Bréfritari: Soffía Daníelsdóttir
Viðtakandi: Jakobína Magnúsdóttir og Daníel Halldórsson
Dagsetning: A-1904-08-22
Skrifað á: Skeggjastöðum  N-Múl.
Soffía var dóttir Jakobínu og Daníels

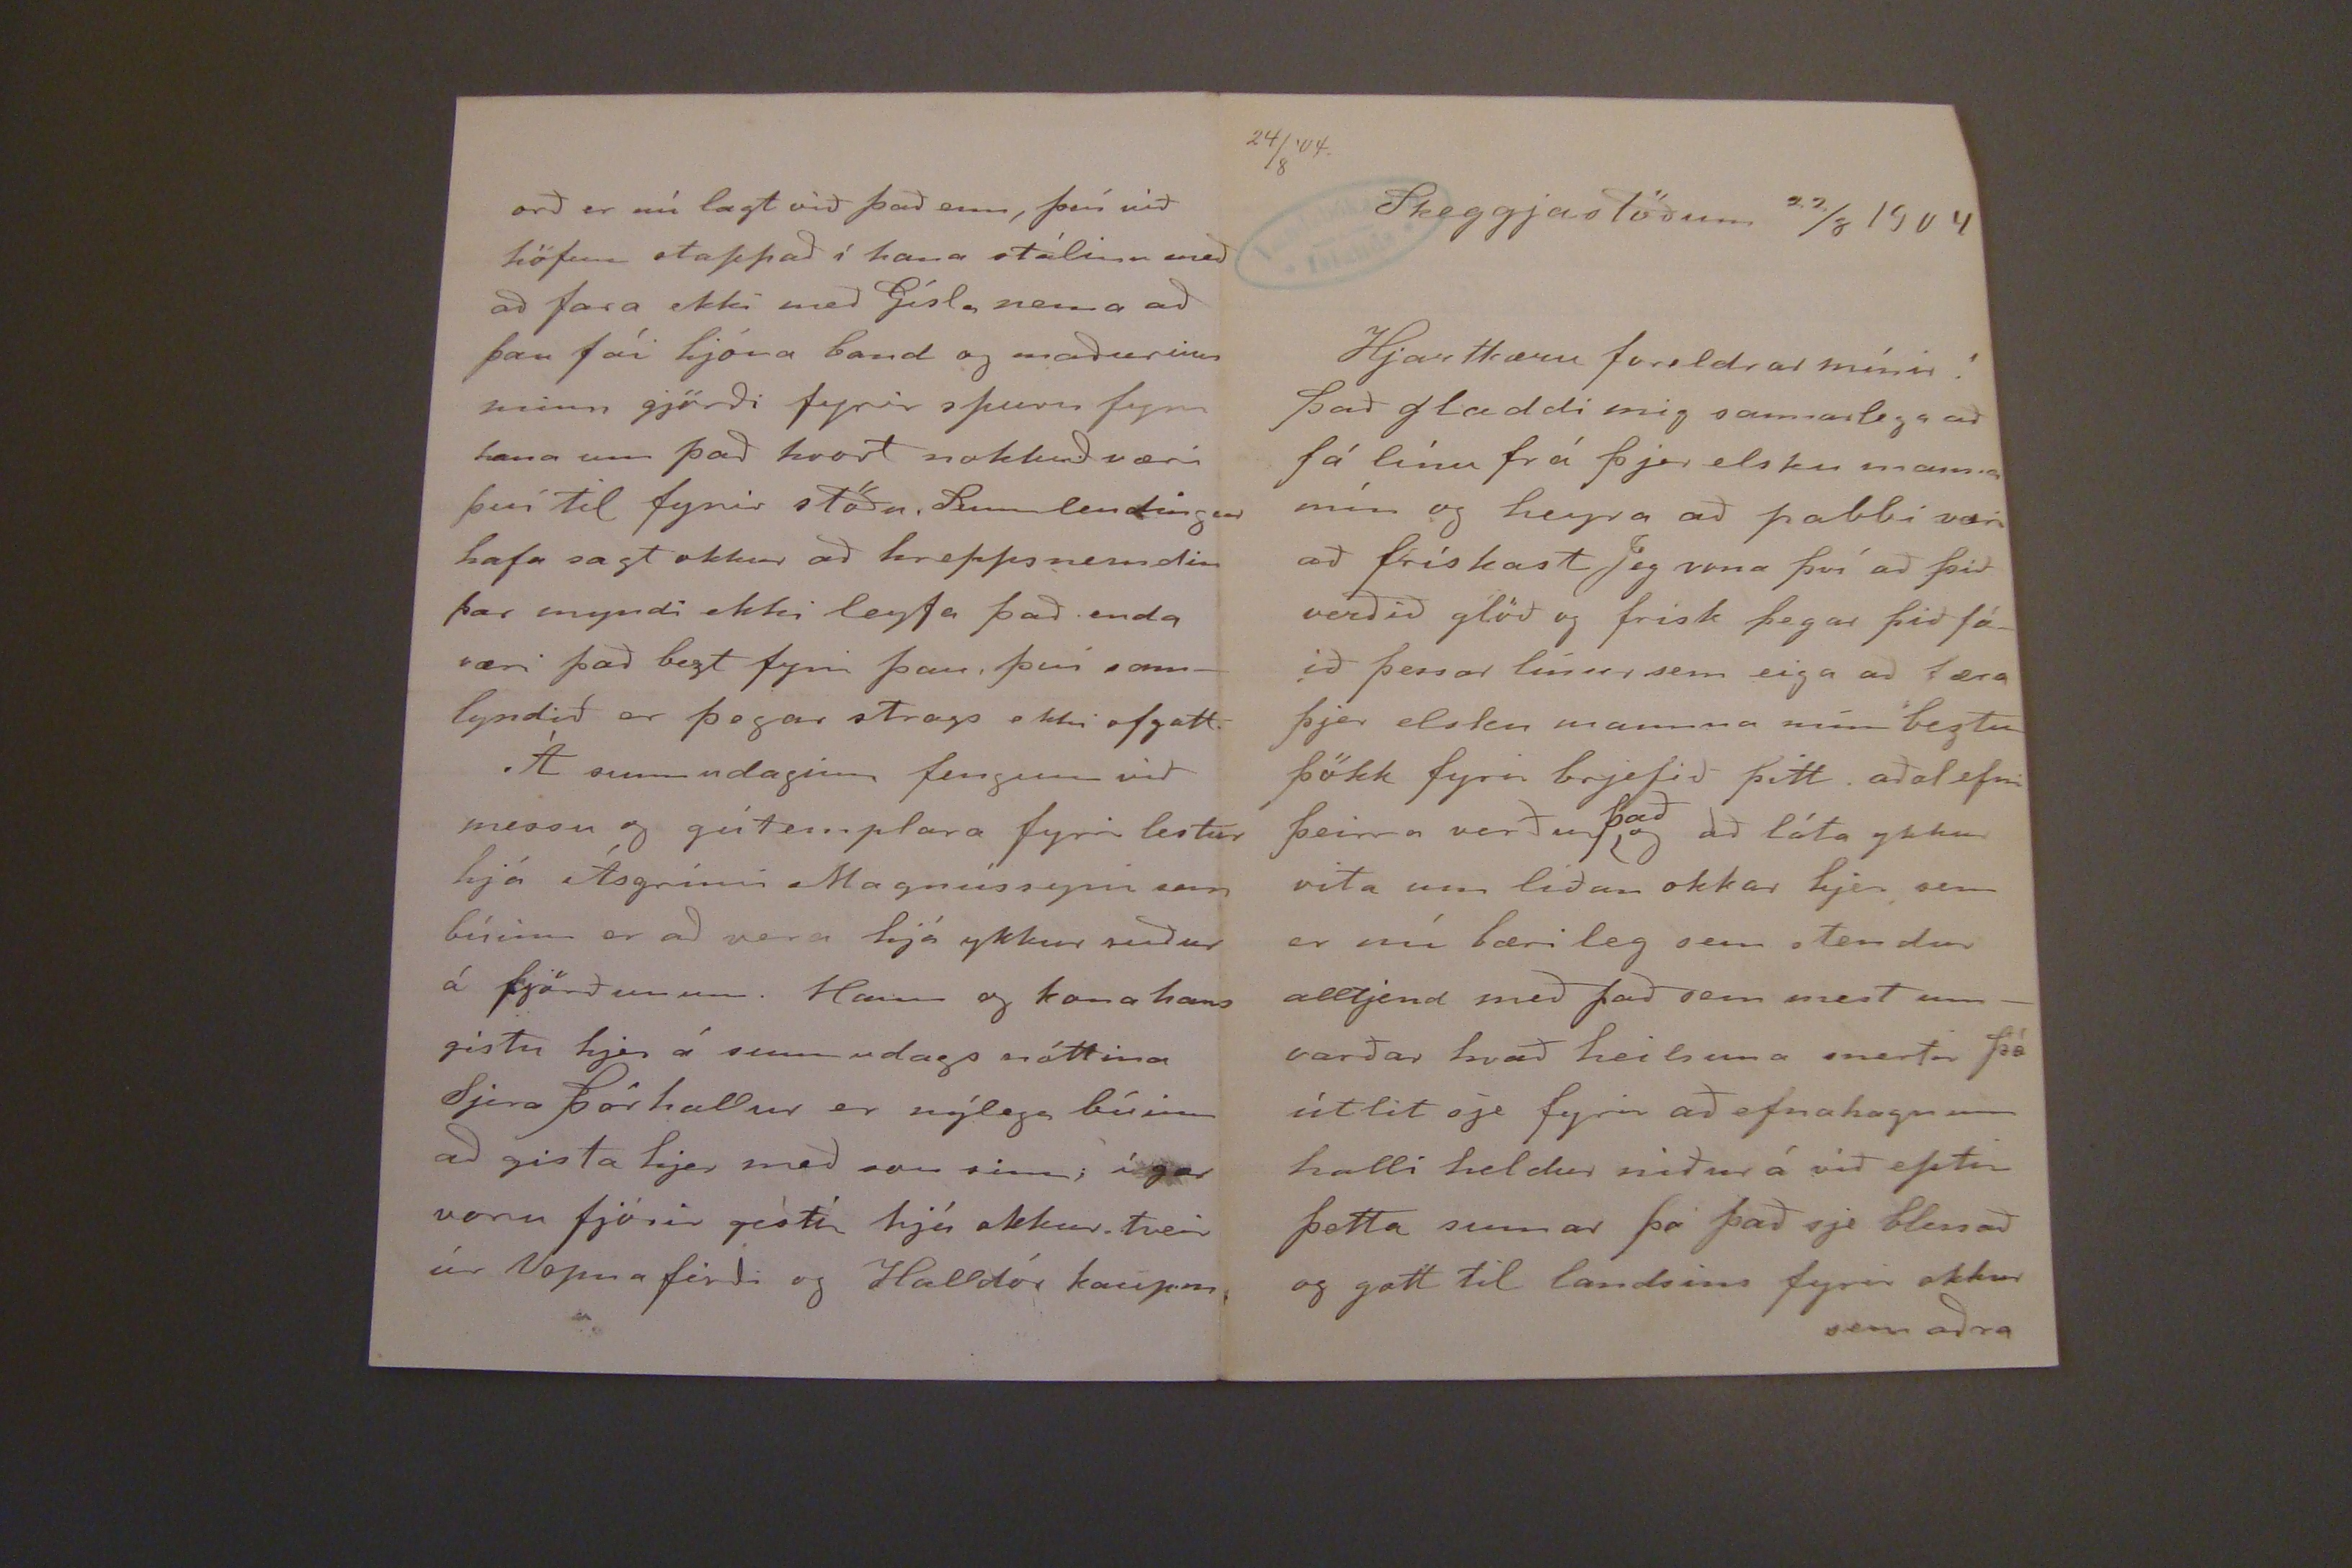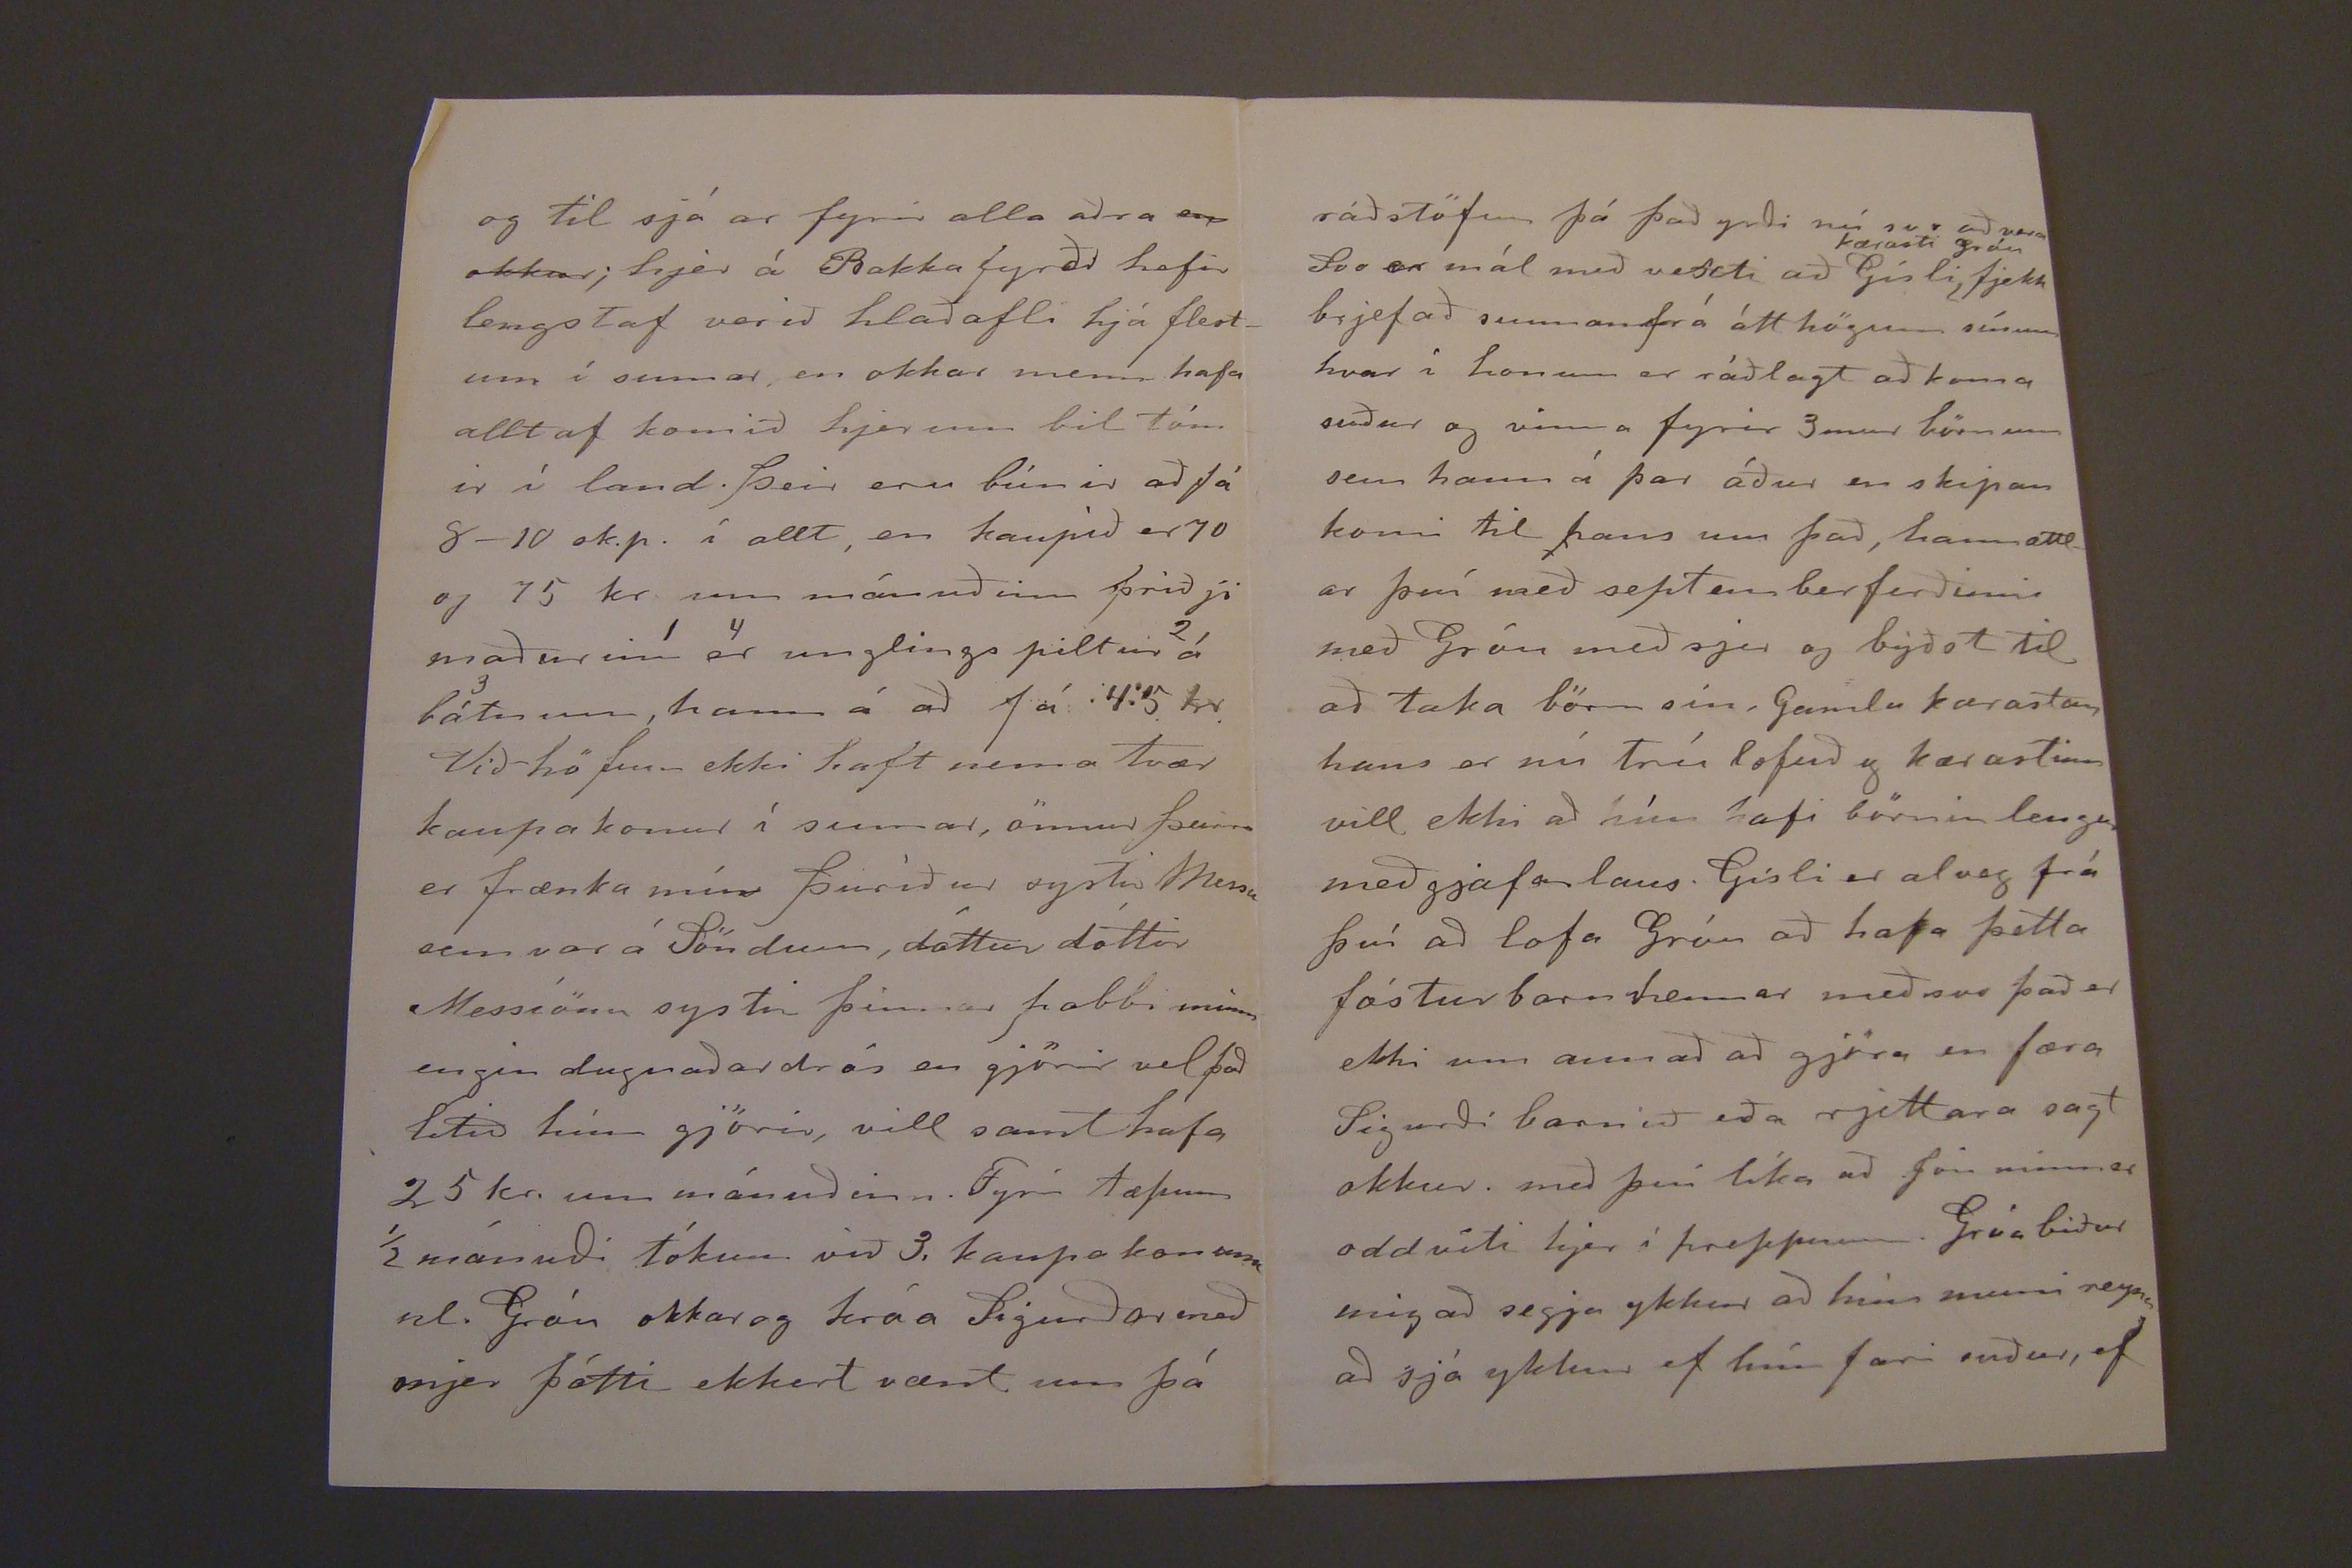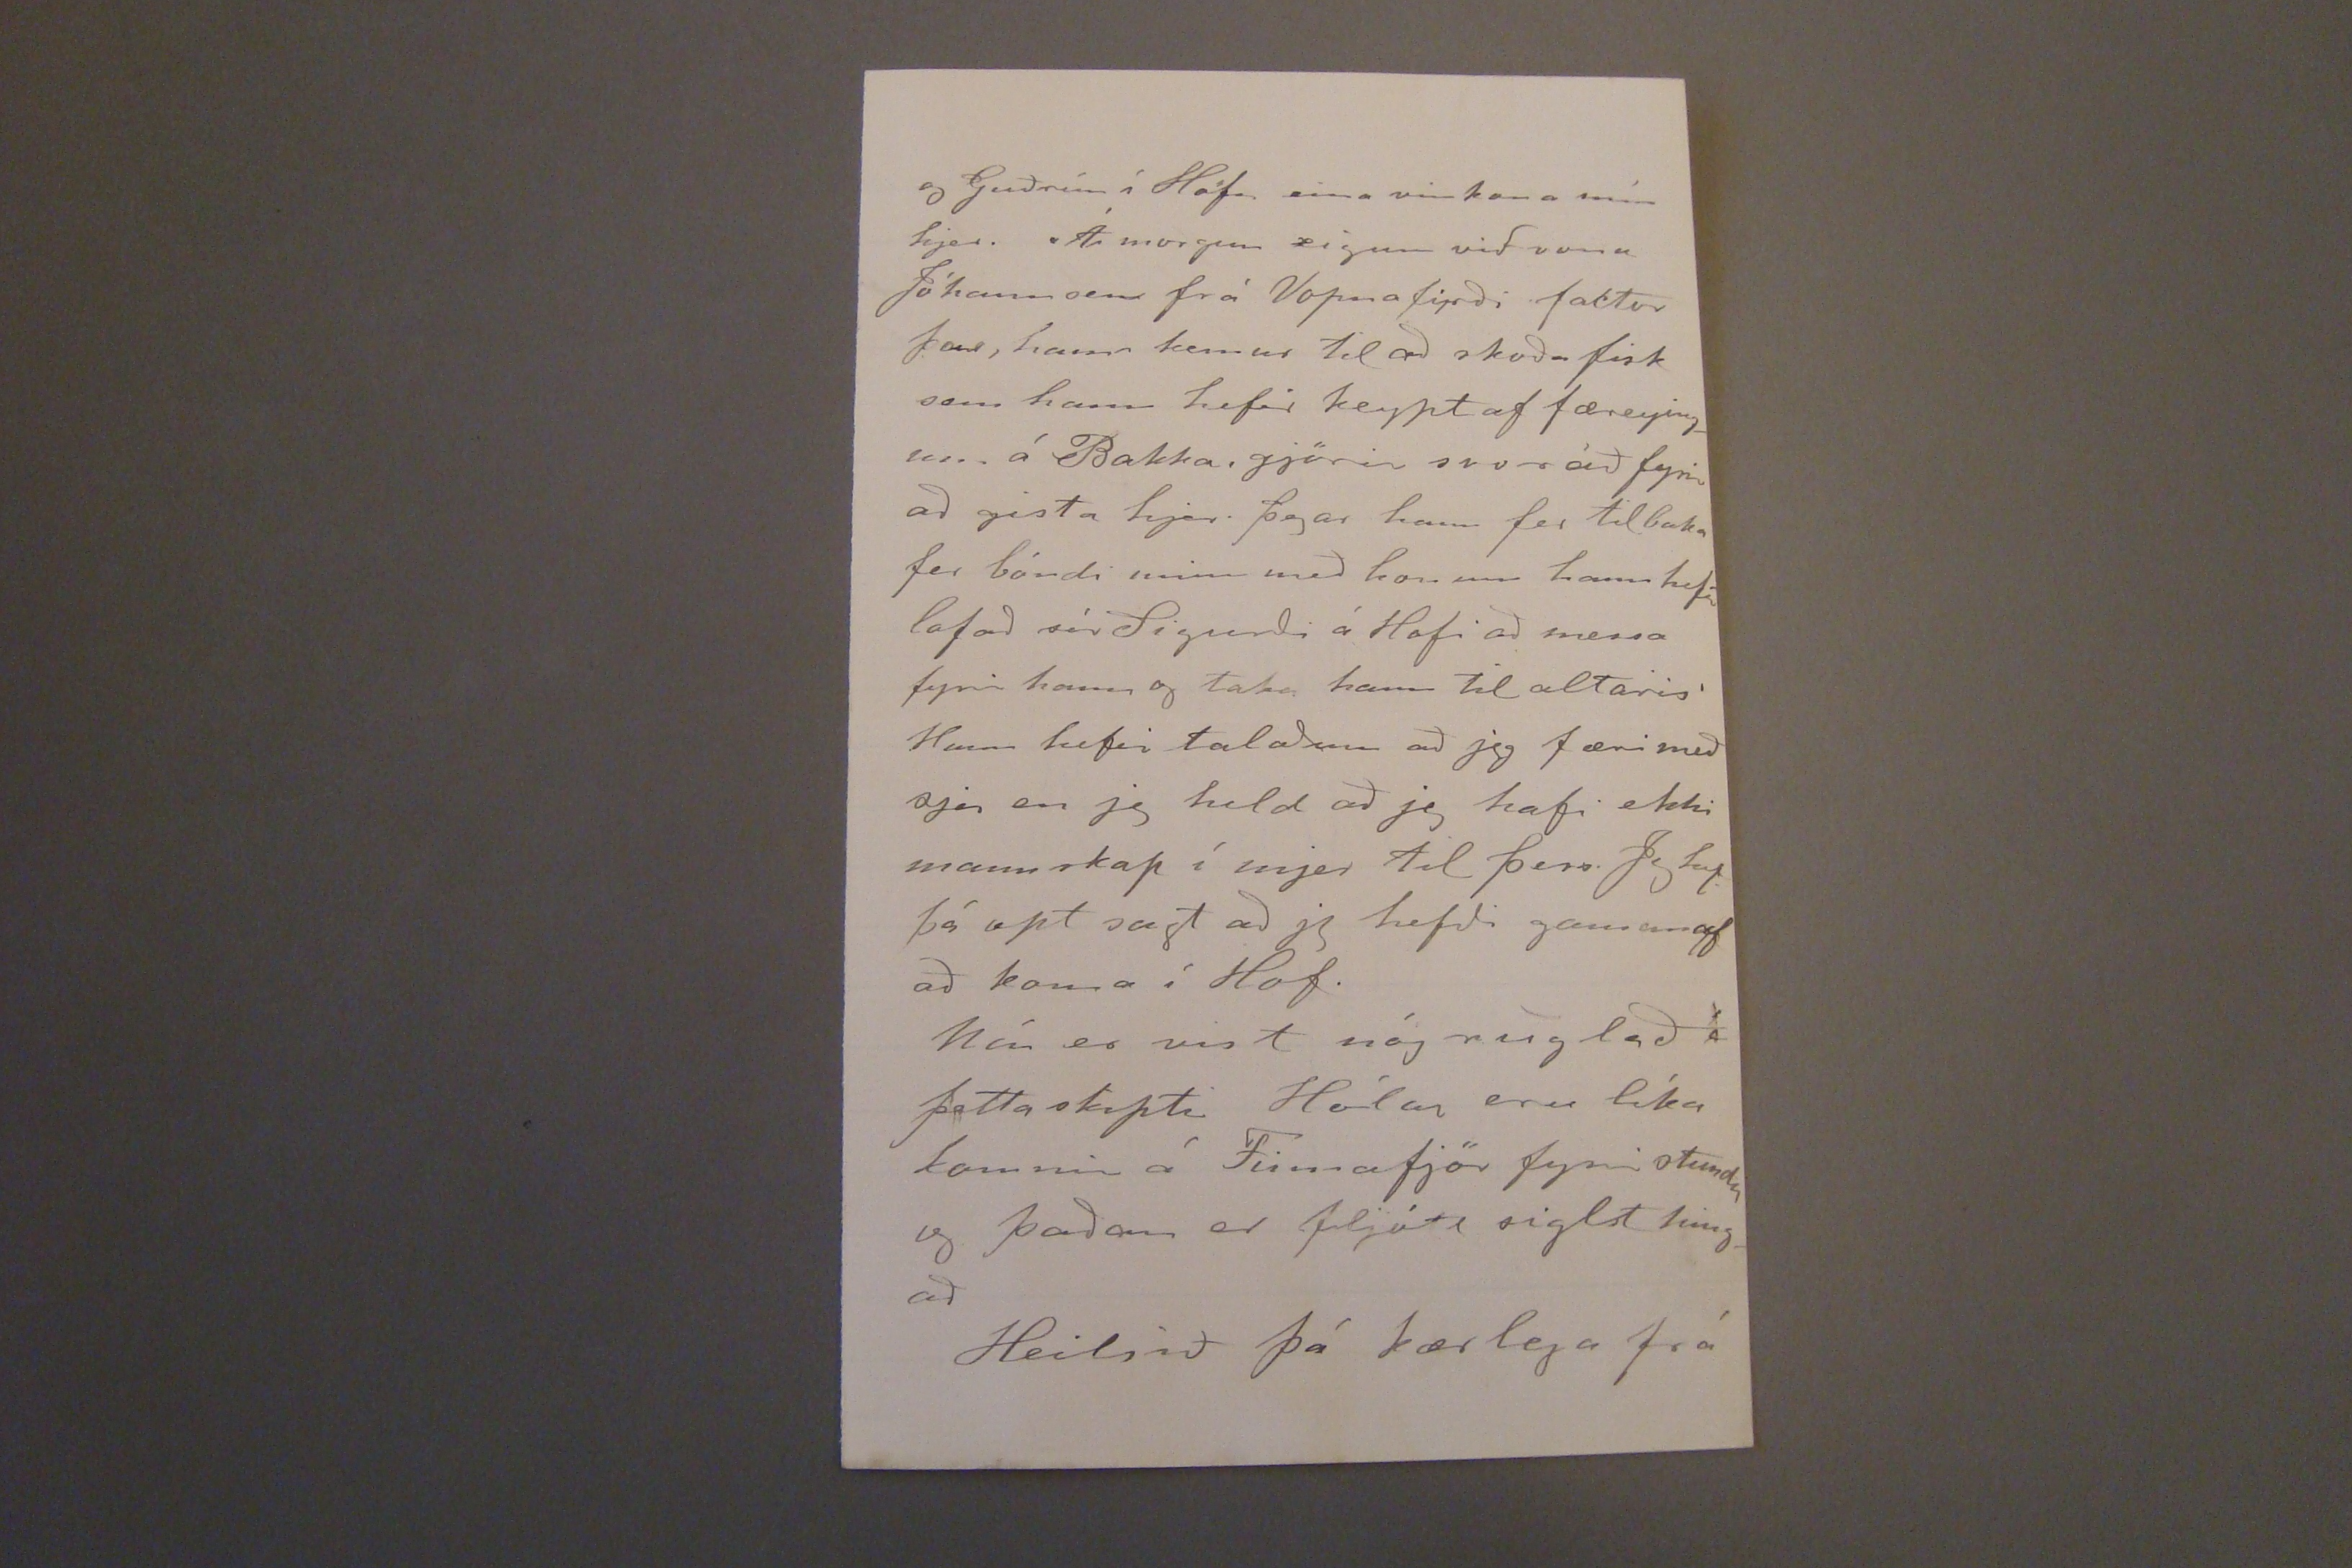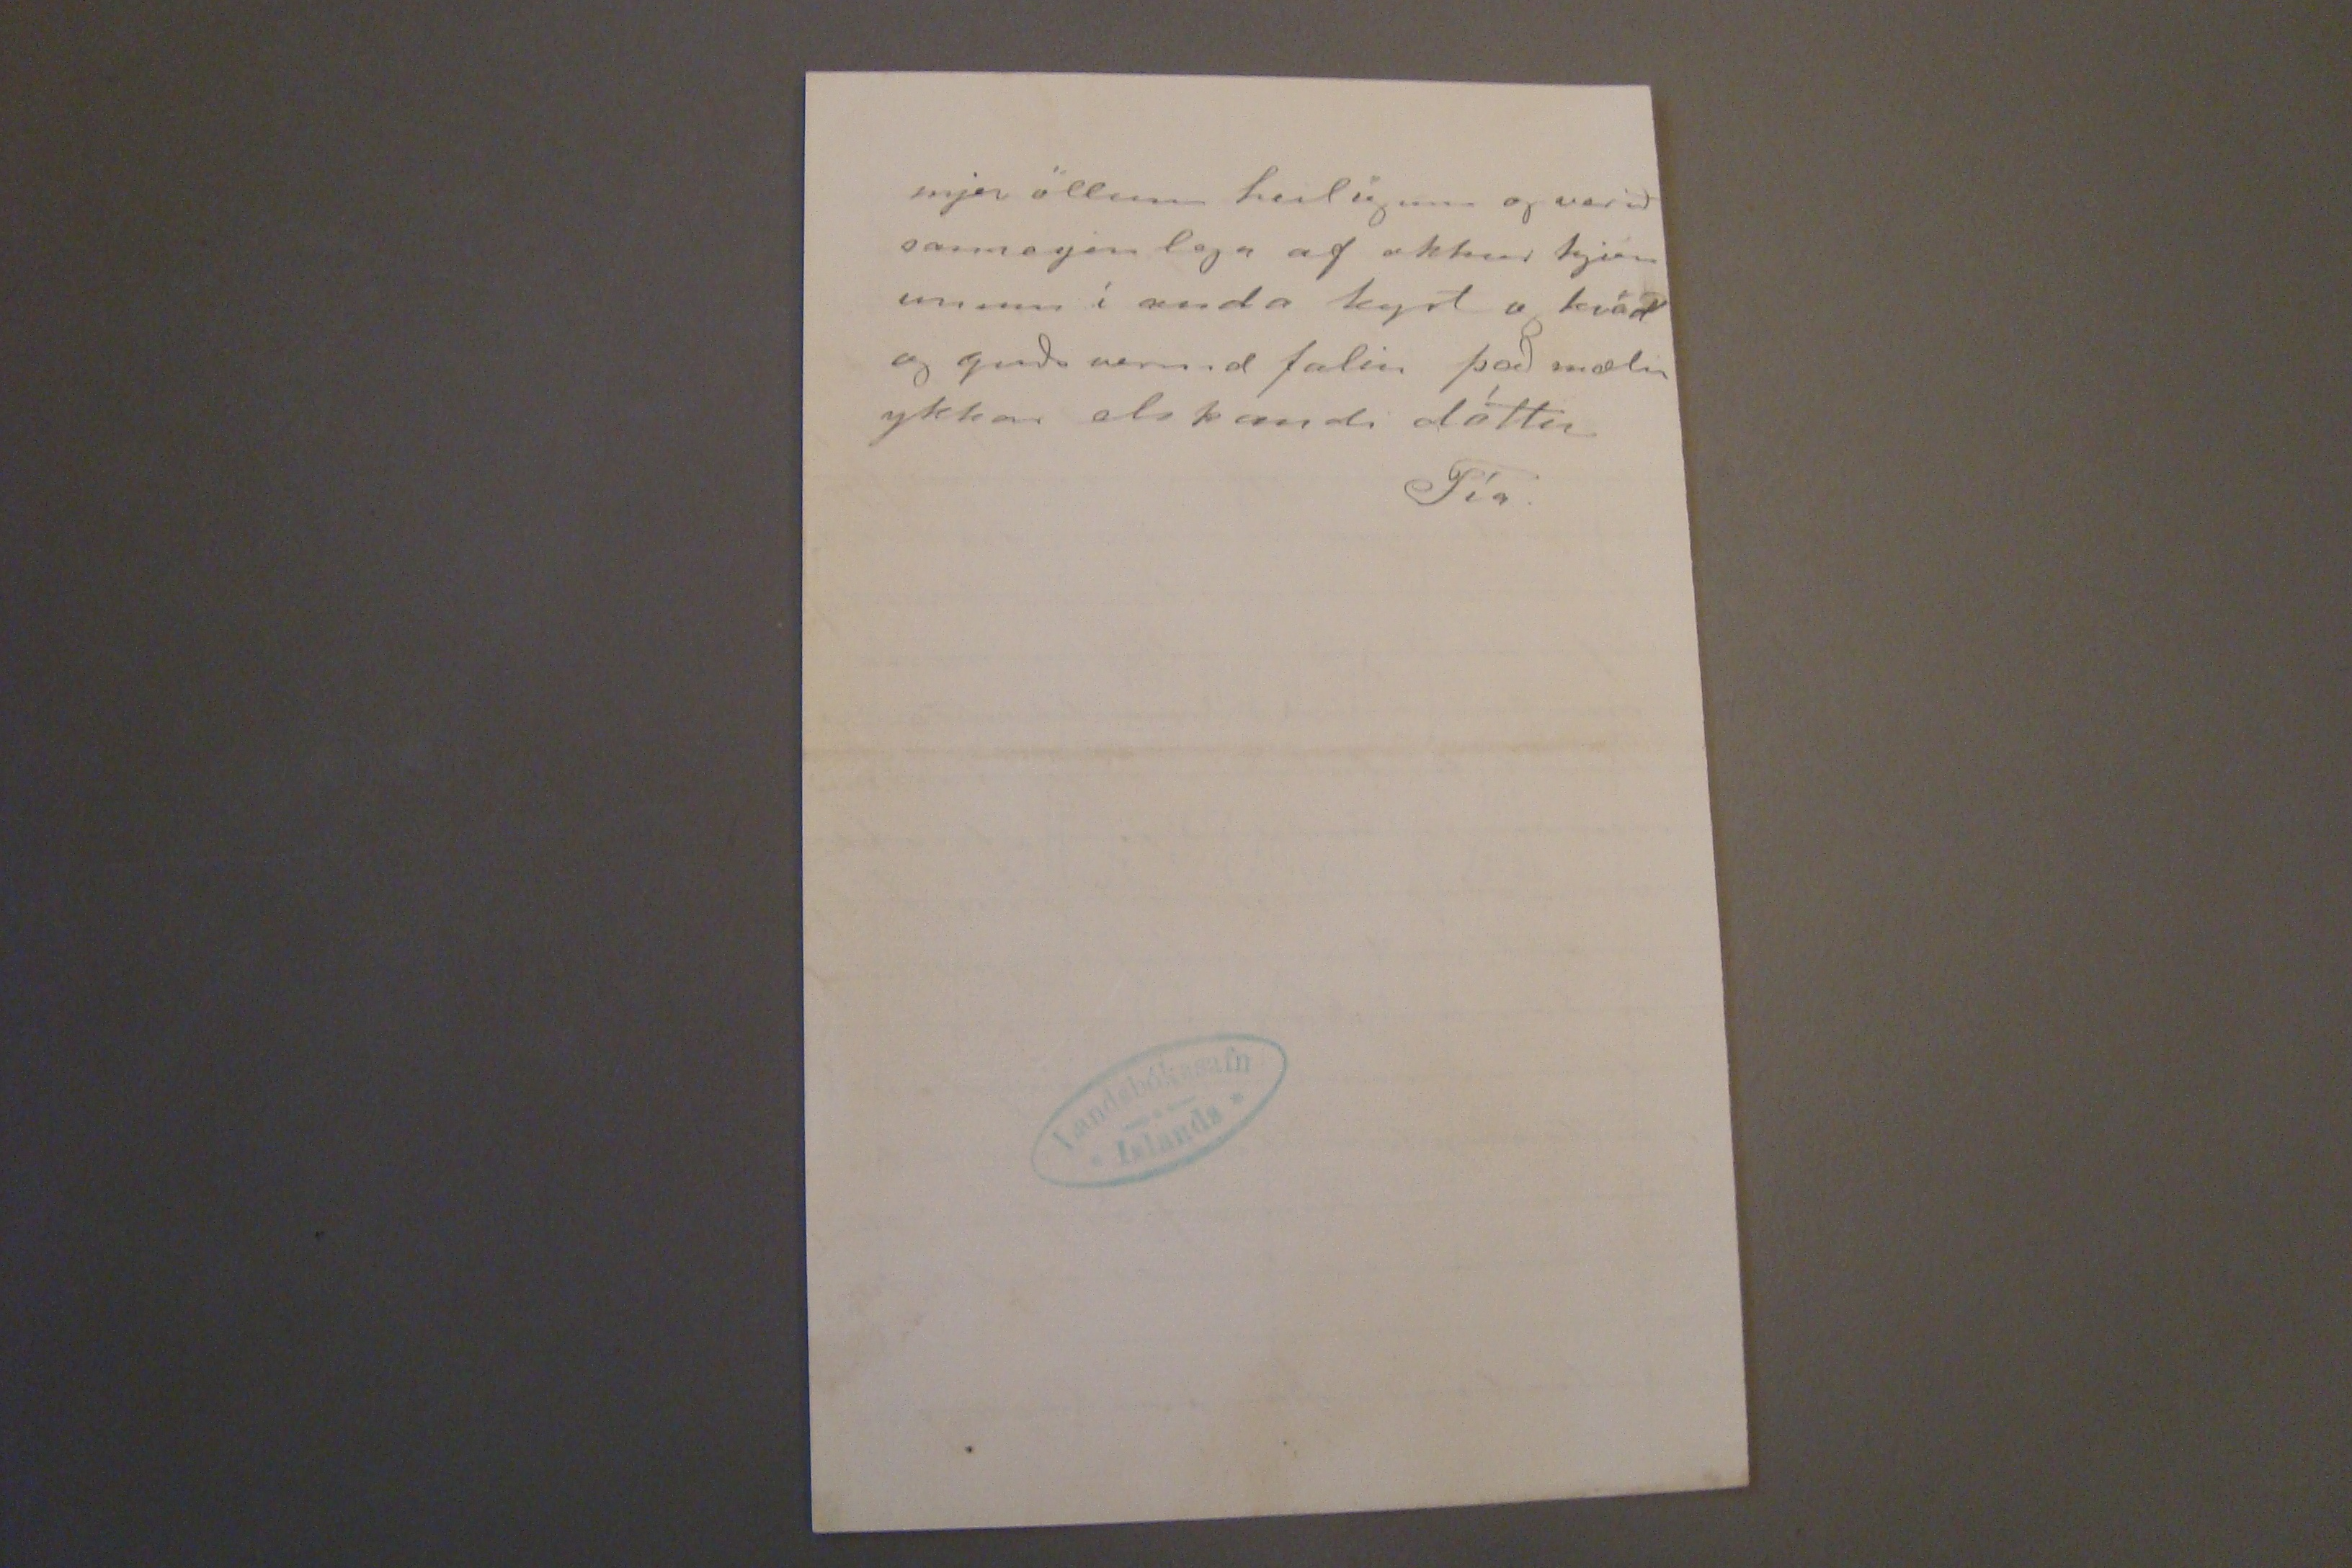

24/8'04.
Skeggjastöðum 22/8 1904
Hjartkæru foreldrar mínir!
það gladdi mig samanlega að fá línu frá þjer elsku mama mín og heyra að pabbi væri að frískast Jeg vona því að þið verðið glöð og frisk þegar þið fáið þessar línur sem eiga að færa þjer elsku mamma mín beztu þökk fyrir brjefið þitt aðalefni þeirra verður
það
og að láta ykkur vita um liðan okkar hjer sem er nú bærileg sem stendur alltjend með það sem mest umvarðar hvað heilsuna snertir þó útlit sje fyrir að efnahagnum halli heldur niður á við eptir þetta sumar þo það sje blessað og gott til landsins fyrir okkur sem aðra
og til sjá ar fyrir alla aðra
esp okkar
; hjer á Bakka fyrði hefir lengstaf verið hlaðafli hjá flestum í sumar, en okkar menn hafa alltaf komið hjerum bil tómir í land. þeir eru búnir að fá 8-10 sk.p. í allt, en kaupið er 70 og 75 kr um mánuðinn þriðji maðurinn
1
er
4
unglings piltur á
2
bátnum
3
, hann á að fá 45 kr Við hföum ekki haft nema tvær kaupakonur í sumar, önnur þeirra er frænka mín mín þuríður systir Messu sem var á Söndum, dóttir dóttir Messíönu systir þinnar pabbi minn engin dugnaðardrós en gjörir vel það lítið hún gjörir, vill samt hafa 25 kr. um mánuðinn. Fyrir tæpann 1/2 mánuði tókum við 3. kaupakonunna nl. Gróu okkar og króa Sigurðar með mjer þótti ekkert vænt um þá
orð er nú lagt við það enn, því við höfum stappað í hana stálinu með að fara ekki með Gísla nema að þau fái hjóna band og maðurinn minn gjörði fyrir spurn fyrir hana um það hvort nokkuð væri því til fyrir stöðu. Sunnlendingar hafa sagt okkur að hreppsnemdin þar myndi ekki leyfa það enda væri það bezt fyrir þau því samlyndið er þegar strags ekki ofgott.
Á sunnudaginn fengum við messu og
gútemplara
fyrir lestur hjá Ásgrími Magnússyni sem búinn er að vera hjá ykkur suður á fjörðunum. Hann og kona hans gistu hjer á sunnudags nóttina Sjera þórhallur er nýlega búinn að gista hjer með son sinn, í gæt voru fjórir gestir hjá okkur. tveir úr Vopna firði og Halldór kaupm.
ráðstöfum þá það yrði nú svo að vera Svo er mál með vexti að Gísli
kærasti Gróu
fjekk brjefað sunnan frá átt högum sínum hvar í honum er ráðlagt að koma suður og vinna fyrir 3mur börnum sem hann á þar áður en skipan komi til hans um það, hann ættlar því með septemberferðinni með Gróu með sjer og býðst til að taka börn sín, Gamla kærastan hans er nú Trú lofuð og kærastinn vill ekki að hún hafi börnin legnur meðgjafarlaus. Gísli er alveg frá því að lofa Gróu að hafa þetta fósturbarn hennar með svo það er ekki um annað að gjöra en færa Sigurði barnið eða rjettara sagt okkur með því líka að Jón minn er oddviti hjer í hreppnum. Gróa biður mig að segja ykkur að hún muni reyna að sjá ykkur ef hún færi suður, ef
og Guðrún í Höfn eina vinkona mín hjer. Á morgun eigum við von a Jóhannsen frá Vopnafyrði factor þar, hann hefir keypt af færeyingum á Bakka, gjörir svo ráð fyrir að gista hjer þegar hann fer til baka fer bóndi minn með honum hann hefir lofað sír SIgurði á Hofi að messa fyrir hann og taka hann til altaris Hann hefir talaðum að jeg færi með sjer en jeg held að jeg hafi ekki mannskap í mjer til þess. Jeg hef þá opt sagt að jeg hefði gaman af að koma í Hof.
Nú er vist nóg ruglað í þetta skipti Hólar eru líka komnir á Finnafjör fyrir stundu jeg þaðan er fljótt siglst hingað
Heilsið þá kærlega frá
mjer öllum heilögum og verið sameginlega af okkur hjónunum í anda kyst og kvöd og guðs vermd falin það mælir ykkar elskandi dóttir
Fía